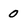
Character: 0